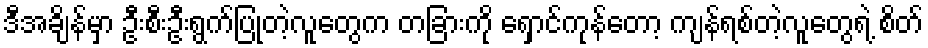
ဒီအချိန်မှာ ဦးစီးဦးရွက်ပြုတဲ့လူတွေက တခြားကို ရှောင်ကုန်တော့ ကျန်ရစ်တဲ့လူတွေရဲ့ စိတ်